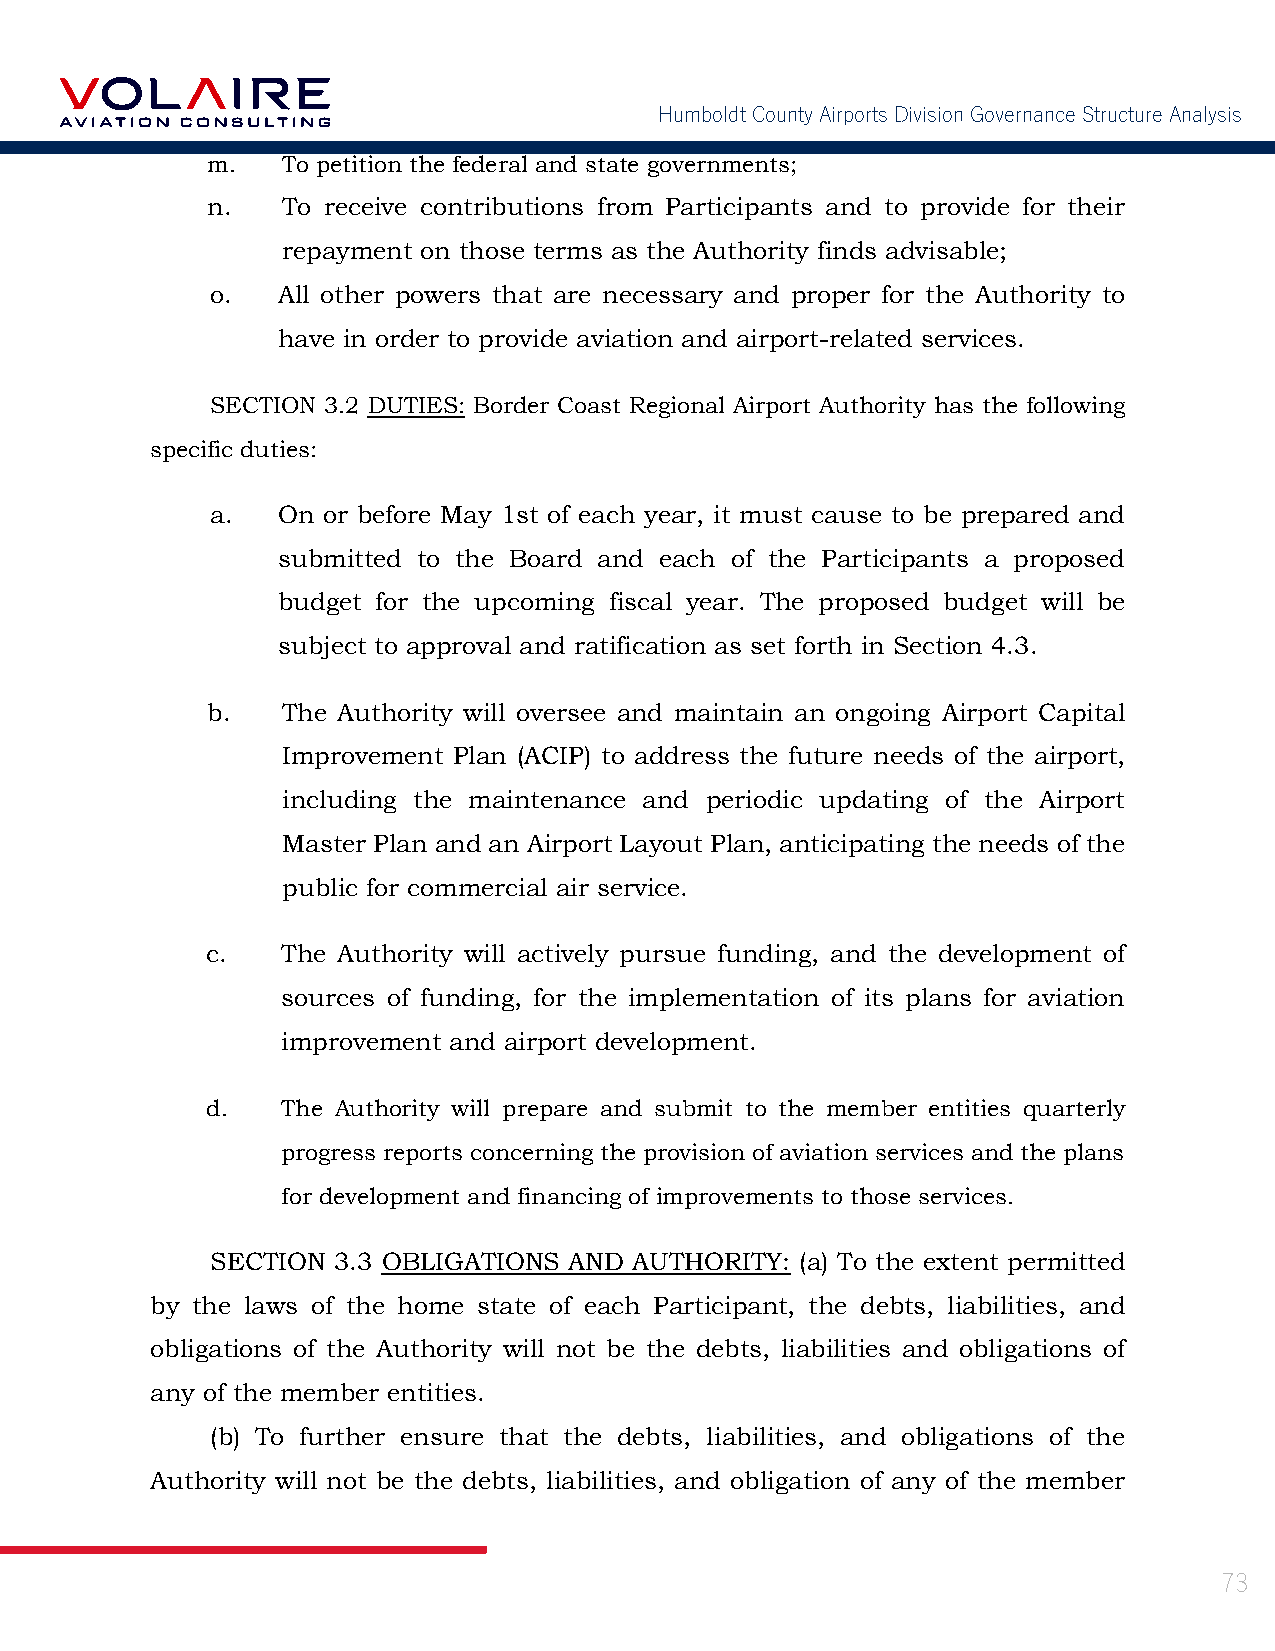
Humboldt County Airports Division Governance Structure Analysis
 m.   To petition the federal and state governments;
 n.   To receive contributions from Participants and to provide for their
 repayment on those terms as the Authority finds advisable;
 o.  All other powers that are necessary and proper for the Authority to
 have in order to provide aviation and airport-related services.
 SECTION 3.2 DUTIES: Border Coast Regional Airport Authority has the following
 specific duties:
 a.  On or before May 1st of each year, it must cause to be prepared and
 submitted to the Board and each of the Participants a proposed
 budget for the upcoming fiscal year. The proposed budget will be
 subject to approval and ratification as set forth in Section 4.3.
 b.   The Authority will oversee and maintain an ongoing Airport Capital
 Improvement Plan (ACIP) to address the future needs of the airport,
 including the maintenance and periodic updating of the Airport
 Master Plan and an Airport Layout Plan, anticipating the needs of the
 public for commercial air service.
 c.   The Authority will actively pursue funding, and the development of
 sources of funding, for the implementation of its plans for aviation
 improvement and airport development.
 d.   The Authority will prepare and submit to the member entities quarterly
 progress reports concerning the provision of aviation services and the plans
 for development and financing of improvements to those services.
 SECTION 3.3 OBLIGATIONS AND AUTHORITY: (a) To the extent permitted
 by the laws of the home state of each Participant, the debts, liabilities, and
 obligations of the Authority will not be the debts, liabilities and obligations of
 any of the member entities.
 (b) To further ensure that the debts, liabilities, and obligations of the
 Authority will not be the debts, liabilities, and obligation of any of the member
 73